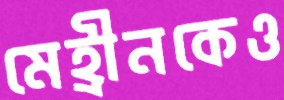
মেহ্রীনকেও